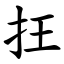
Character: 抂